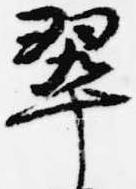
翠